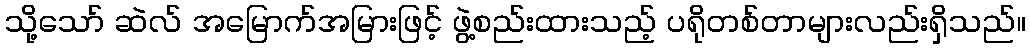
သို့သော် ဆဲလ် အမြောက်အမြားဖြင့် ဖွဲ့စည်းထားသည့် ပရိုတစ်တာများလည်းရှိသည်။